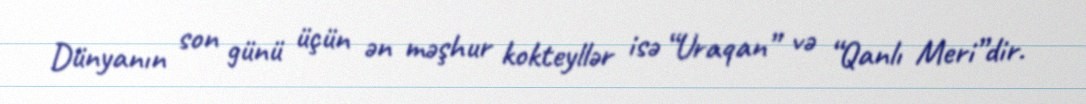
Dünyanın son günü üçün ən məşhur kokteyllər isə “Uraqan” və “Qanlı Meri”dir.